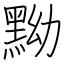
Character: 黝